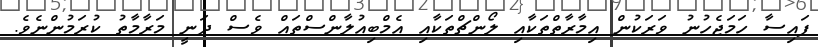
ފައިސާ ހަމަޖެހުނު ވަރަކުން އިމާރާތްތަކާއި ލޯންޗްތަކާއި އެމްބިއުލާންސްތައް ވެސް ދަނީ މަރާމާތު ކުރަމުންނެވެ.